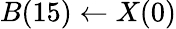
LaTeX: B(15)\leftarrow X(0)